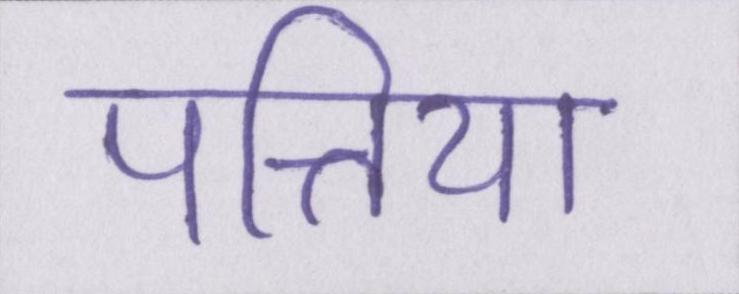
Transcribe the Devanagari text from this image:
पत्तिया